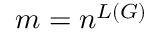
m = n ^ { L ( G ) }